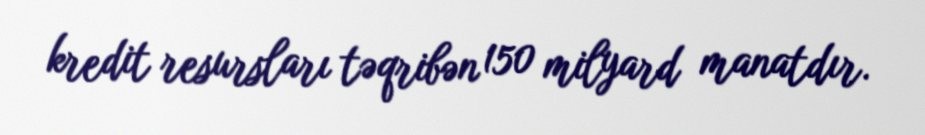
kredit resursları təqribən 150 milyard manatdır.